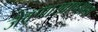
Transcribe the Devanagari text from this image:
जेवणाखाण्याचा